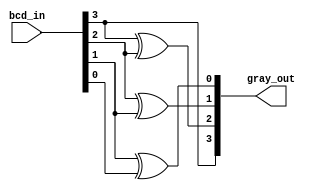
module bcd_to_gray_gate (bcd_in, gray_out);
    input [3:0] bcd_in;
    output [3:0] gray_out;

    xor x3(gray_out[3], 0, bcd_in[3]);
    xor x2(gray_out[2], bcd_in[3], bcd_in[2]);
    xor x1(gray_out[1], bcd_in[2], bcd_in[1]);
    xor x0(gray_out[0], bcd_in[1], bcd_in[0]);
endmodule

module bcd_to_gray_df (bcd_in, gray_out);
    input [3:0] bcd_in;
    output [3:0] gray_out;

    assign gray_out[3] = bcd_in[3];
    assign gray_out[2] = bcd_in[3] ? ~bcd_in[2] : bcd_in[2];
    assign gray_out[1] = bcd_in[2] ? ~bcd_in[1] : bcd_in[1];
    assign gray_out[0] = bcd_in[1] ? ~bcd_in[0] : bcd_in[0];
endmodule

module testbench;
    reg [3:0] bcd_in;
    wire [3:0] gray_out;
    bcd_to_gray_df bcd_to_gray (bcd_in, gray_out);
    initial
        begin
            $monitor($time, " bcd_in=%b, gray_out=%b", bcd_in, gray_out);
            #0 bcd_in=4'b0000;
            #1 bcd_in=4'b0001;
            #1 bcd_in=4'b0010;
            #1 bcd_in=4'b0011;
            #1 bcd_in=4'b0100;
            #1 bcd_in=4'b0101;
            #1 bcd_in=4'b0110;
            #1 bcd_in=4'b0111;
            #1 bcd_in=4'b1000;
            #1 bcd_in=4'b1001;
            #1 $finish;
        end
endmodule